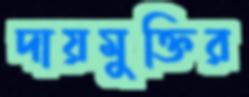
দায়মুক্তির